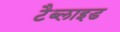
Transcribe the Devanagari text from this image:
टैब्लाइड